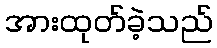
အားထုတ်ခဲ့သည်